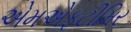
એમએફટીમિર